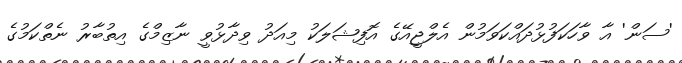
'ސަން' އާ ވާހަކަފުޅުދައްކަވަމުން އެލްޖީއޭގެ އޮފިޝަލަކު މިއަދު ވިދާޅުވީ ނާޒިމްގެ އިތުބާރު ނެތްކަމުގެ